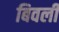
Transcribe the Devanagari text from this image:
बिवली